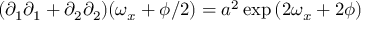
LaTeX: ( \partial _ { 1 } \partial _ { 1 } + \partial _ { 2 } \partial _ { 2 } ) ( \omega _ { x } + \phi / 2 ) = a ^ { 2 } \exp { ( 2 \omega _ { x } + 2 \phi ) }